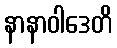
နာနာဝါဒေတိ